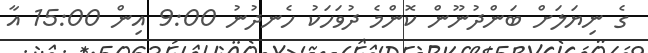
ގެ ނިޔަލަށް ބަންދުނޫން ކޮންމެ ދުވަހަކު ހެނދުނު 9:00 އިން 15:00 އާ